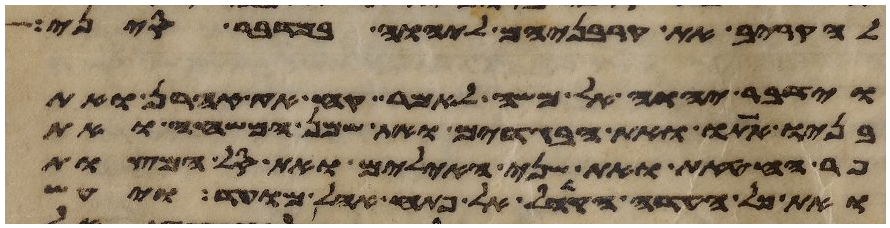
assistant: להקריב את קרבניהם ליהוה במדבר סיני
וידבר יהוה אל משה לאמר קח את אהרן ואת
בניו אתו ואת הבגדים ואת שמן המשחה ואת
פר החטאת ואת שני האילים ואת סל המצות
ואת כל העדה הקהל אל פתח אהל מועד ויעש